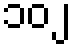
၁၀၂